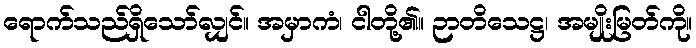
ရောက်သည်ရှိသော်လျှင်။ အမှာကံ၊ ငါတို့၏။ ဉာတိသေဋ္ဌ၊ အမျိုးမြတ်ကို။